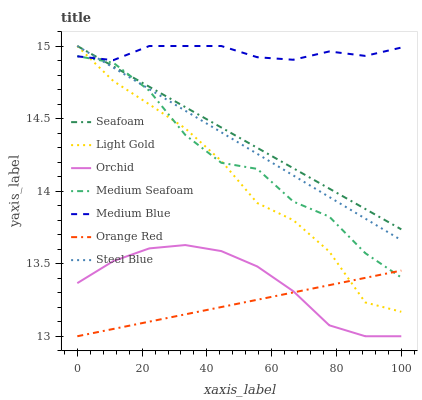
| xaxis_label | Seafoam | Light Gold | Orchid | Medium Seafoam | Medium Blue | Orange Red | Steel Blue |
 | --- | --- | --- | --- | --- | --- | --- | --- |
 | 0 | 15 | 15 | 13.4 | 14.9 | 14.9 | 13 | 15 |
 | 11.1 | 14.9 | 14.8 | 13.5 | 14.9 | 14.9 | 13.1 | 14.9 |
 | 22.2 | 14.7 | 14.6 | 13.6 | 14.7 | 15 | 13.1 | 14.7 |
 | 33.3 | 14.6 | 14.4 | 13.6 | 14.4 | 15 | 13.2 | 14.6 |
 | 44.4 | 14.4 | 14.2 | 13.6 | 14.2 | 15 | 13.2 | 14.4 |
 | 55.6 | 14.3 | 13.9 | 13.5 | 14.2 | 14.9 | 13.3 | 14.3 |
 | 66.7 | 14.2 | 13.8 | 13.3 | 13.9 | 14.9 | 13.3 | 14.1 |
 | 77.8 | 14 | 13.6 | 13.1 | 13.8 | 15 | 13.4 | 14 |
 | 88.9 | 13.9 | 13.2 | 13 | 13.6 | 14.9 | 13.4 | 13.8 |
 | 100 | 13.7 | 13.2 | 13 | 13.4 | 15 | 13.5 | 13.7 |